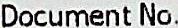
DOCUMENT NO.